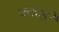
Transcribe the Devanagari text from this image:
वक्ताही